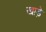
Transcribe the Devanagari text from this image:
खाड़े